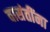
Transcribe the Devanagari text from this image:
वासंतींना